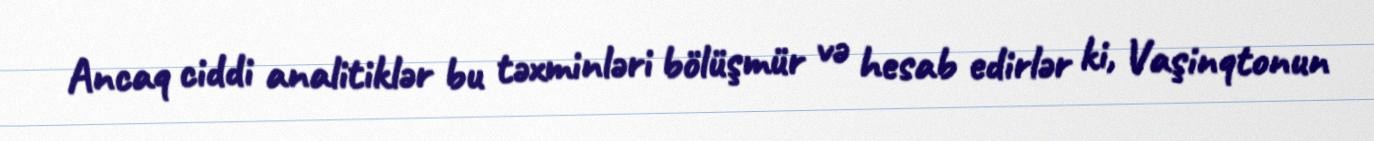
Ancaq ciddi analitiklər bu təxminləri bölüşmür və hesab edirlər ki, Vaşinqtonun